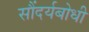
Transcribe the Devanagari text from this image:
सौंदर्यबोधी